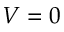
V = 0